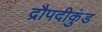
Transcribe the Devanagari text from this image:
द्रौपदीकुंड